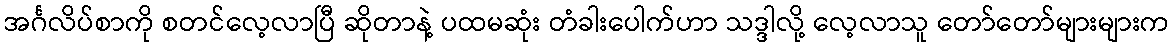
အင်္ဂလိပ်စာကို စတင်လေ့လာပြီ ဆိုတာနဲ့ ပထမဆုံး တံခါးပေါက်ဟာ သဒ္ဒါလို့ လေ့လာသူ တော်တော်များများက